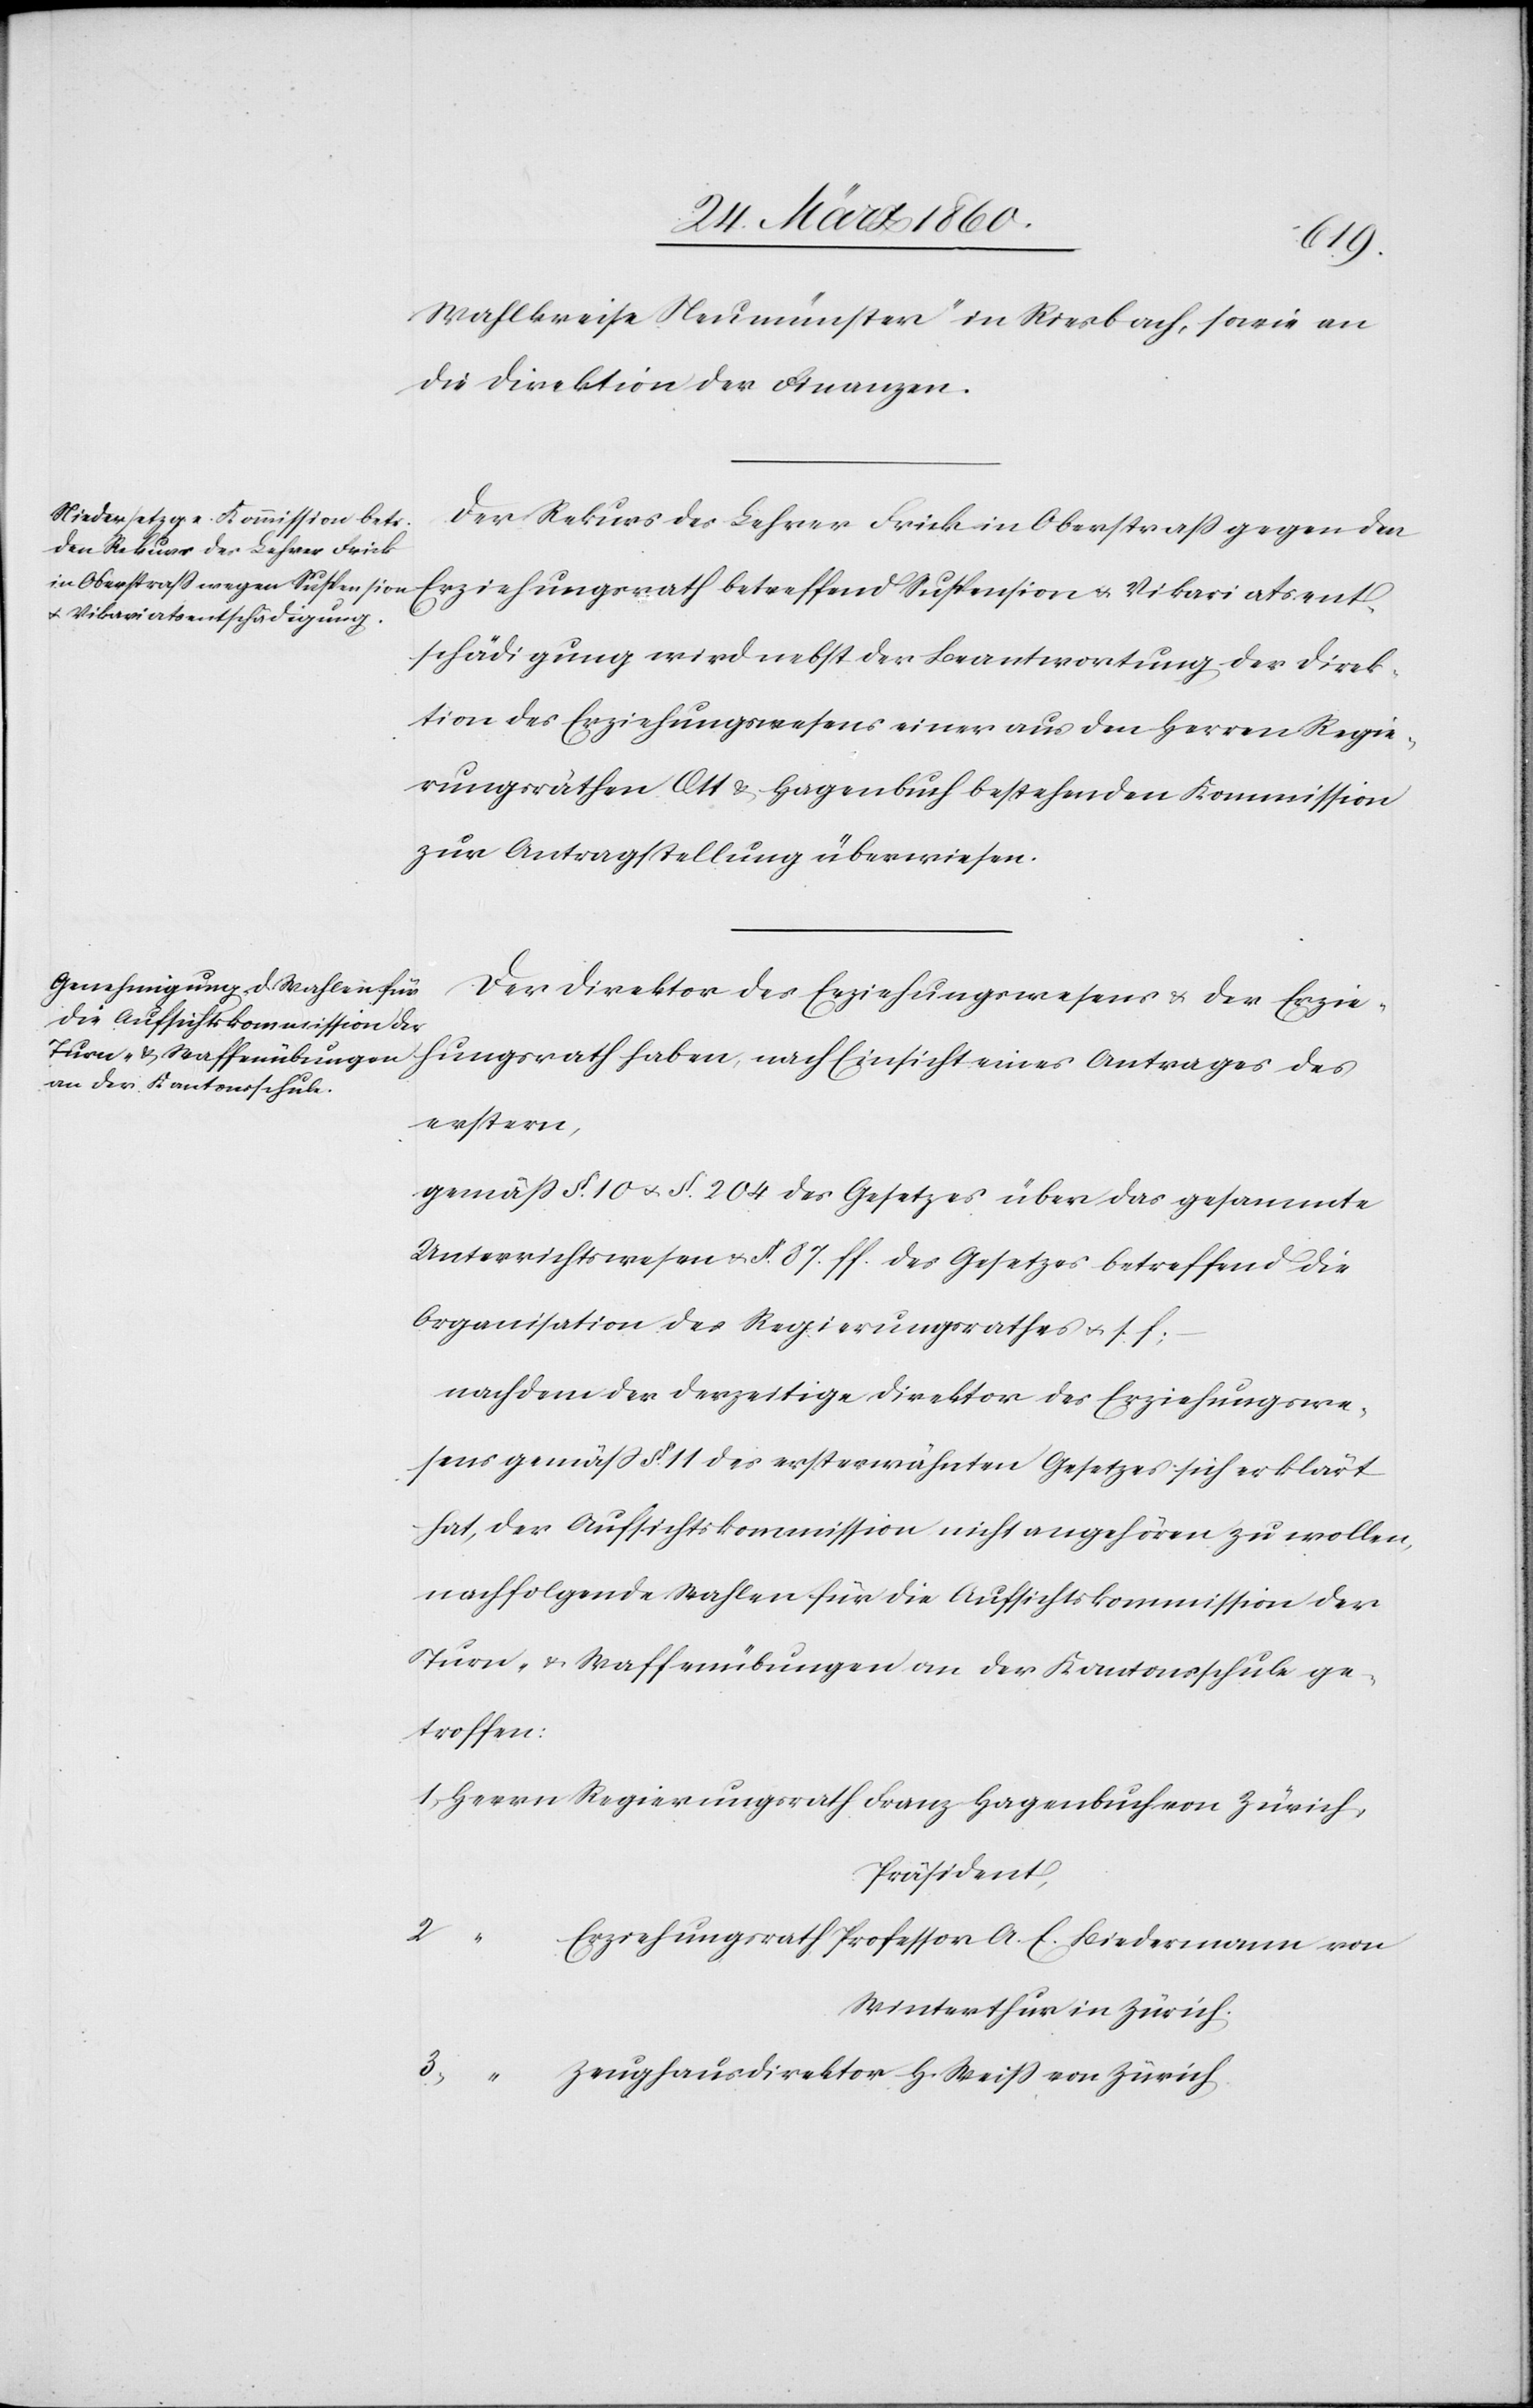
Wahlkreise Neumünster“ in Riesbach, sowie an
die Direktion der Finanzen.
Der Rekurs des Lehrer Frick
in Oberstrass gegen den Erziehungsrath betreffend Suspension u. Vikariatsent¬
schädigung wird nebst der Beantwortung der Direk¬
tion des Erziehungswesens einer aus den Herren Regie¬
rungsräthen Ott u. Hagenbuch bestehenden Kommission
zur Antragstellung überwiesen.
Der Direktor des Erziehungswesens u. der Erzie¬
hungsrath haben, nach Einsicht eines Antrages des
erstern,
gemäss §. 10. u. §. 204 des Gesetzes über das gesammte
Unterrichtswesen u. §. 87. ff. des Gesetzes betreffend die
Organisation des Regierungsrathes u. s. f.
nachdem der derzeitige Direktor des Erziehungswe¬
sens gemäss §. 11. des ersterwähnten Gesetzes sich erklärt
hat, der Aufsichtkommission nicht angehören zu wollen,
nachfolgende Wahlen für die Aufsichtskommission der
Turn- u. Waffenübungen an der Kantonsschule ge¬
troffen:
Präsident,
Erziehungsrath Professor A. E. Biedermann von
Winterthur in Zürich.
Zeughausdirektor H. Weiß von Zürich.